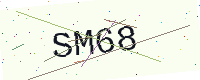
Text: SM68